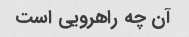
آن چه راهرویی است